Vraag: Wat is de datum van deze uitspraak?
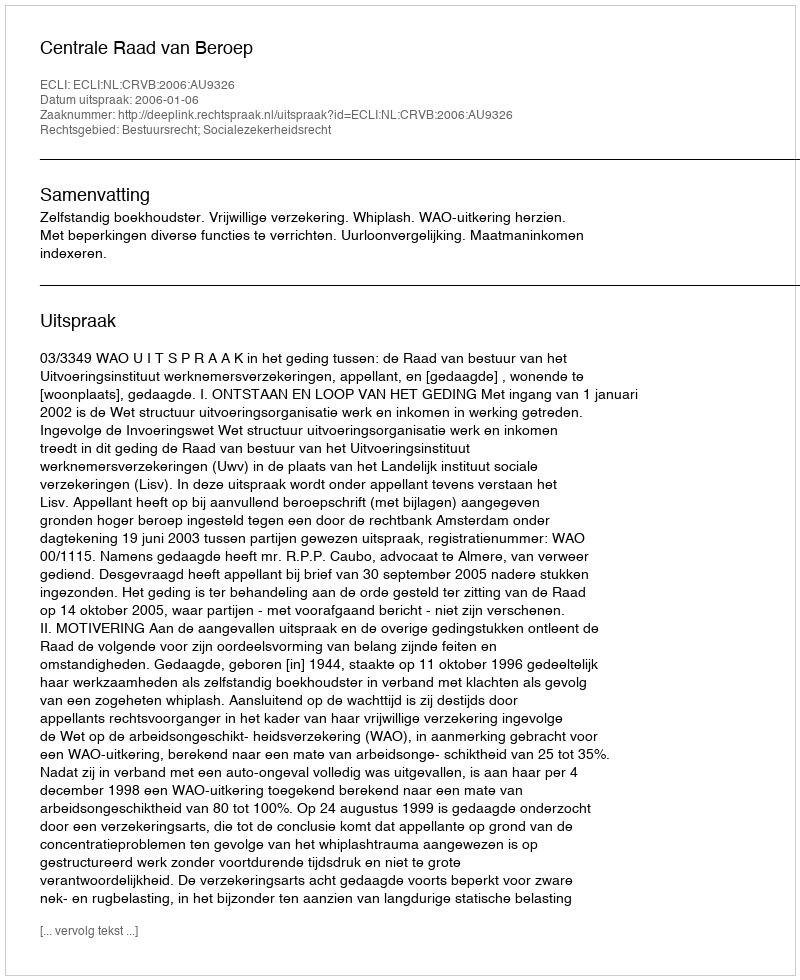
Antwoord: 2006-01-06